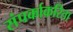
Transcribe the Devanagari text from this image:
संपर्काकरिता